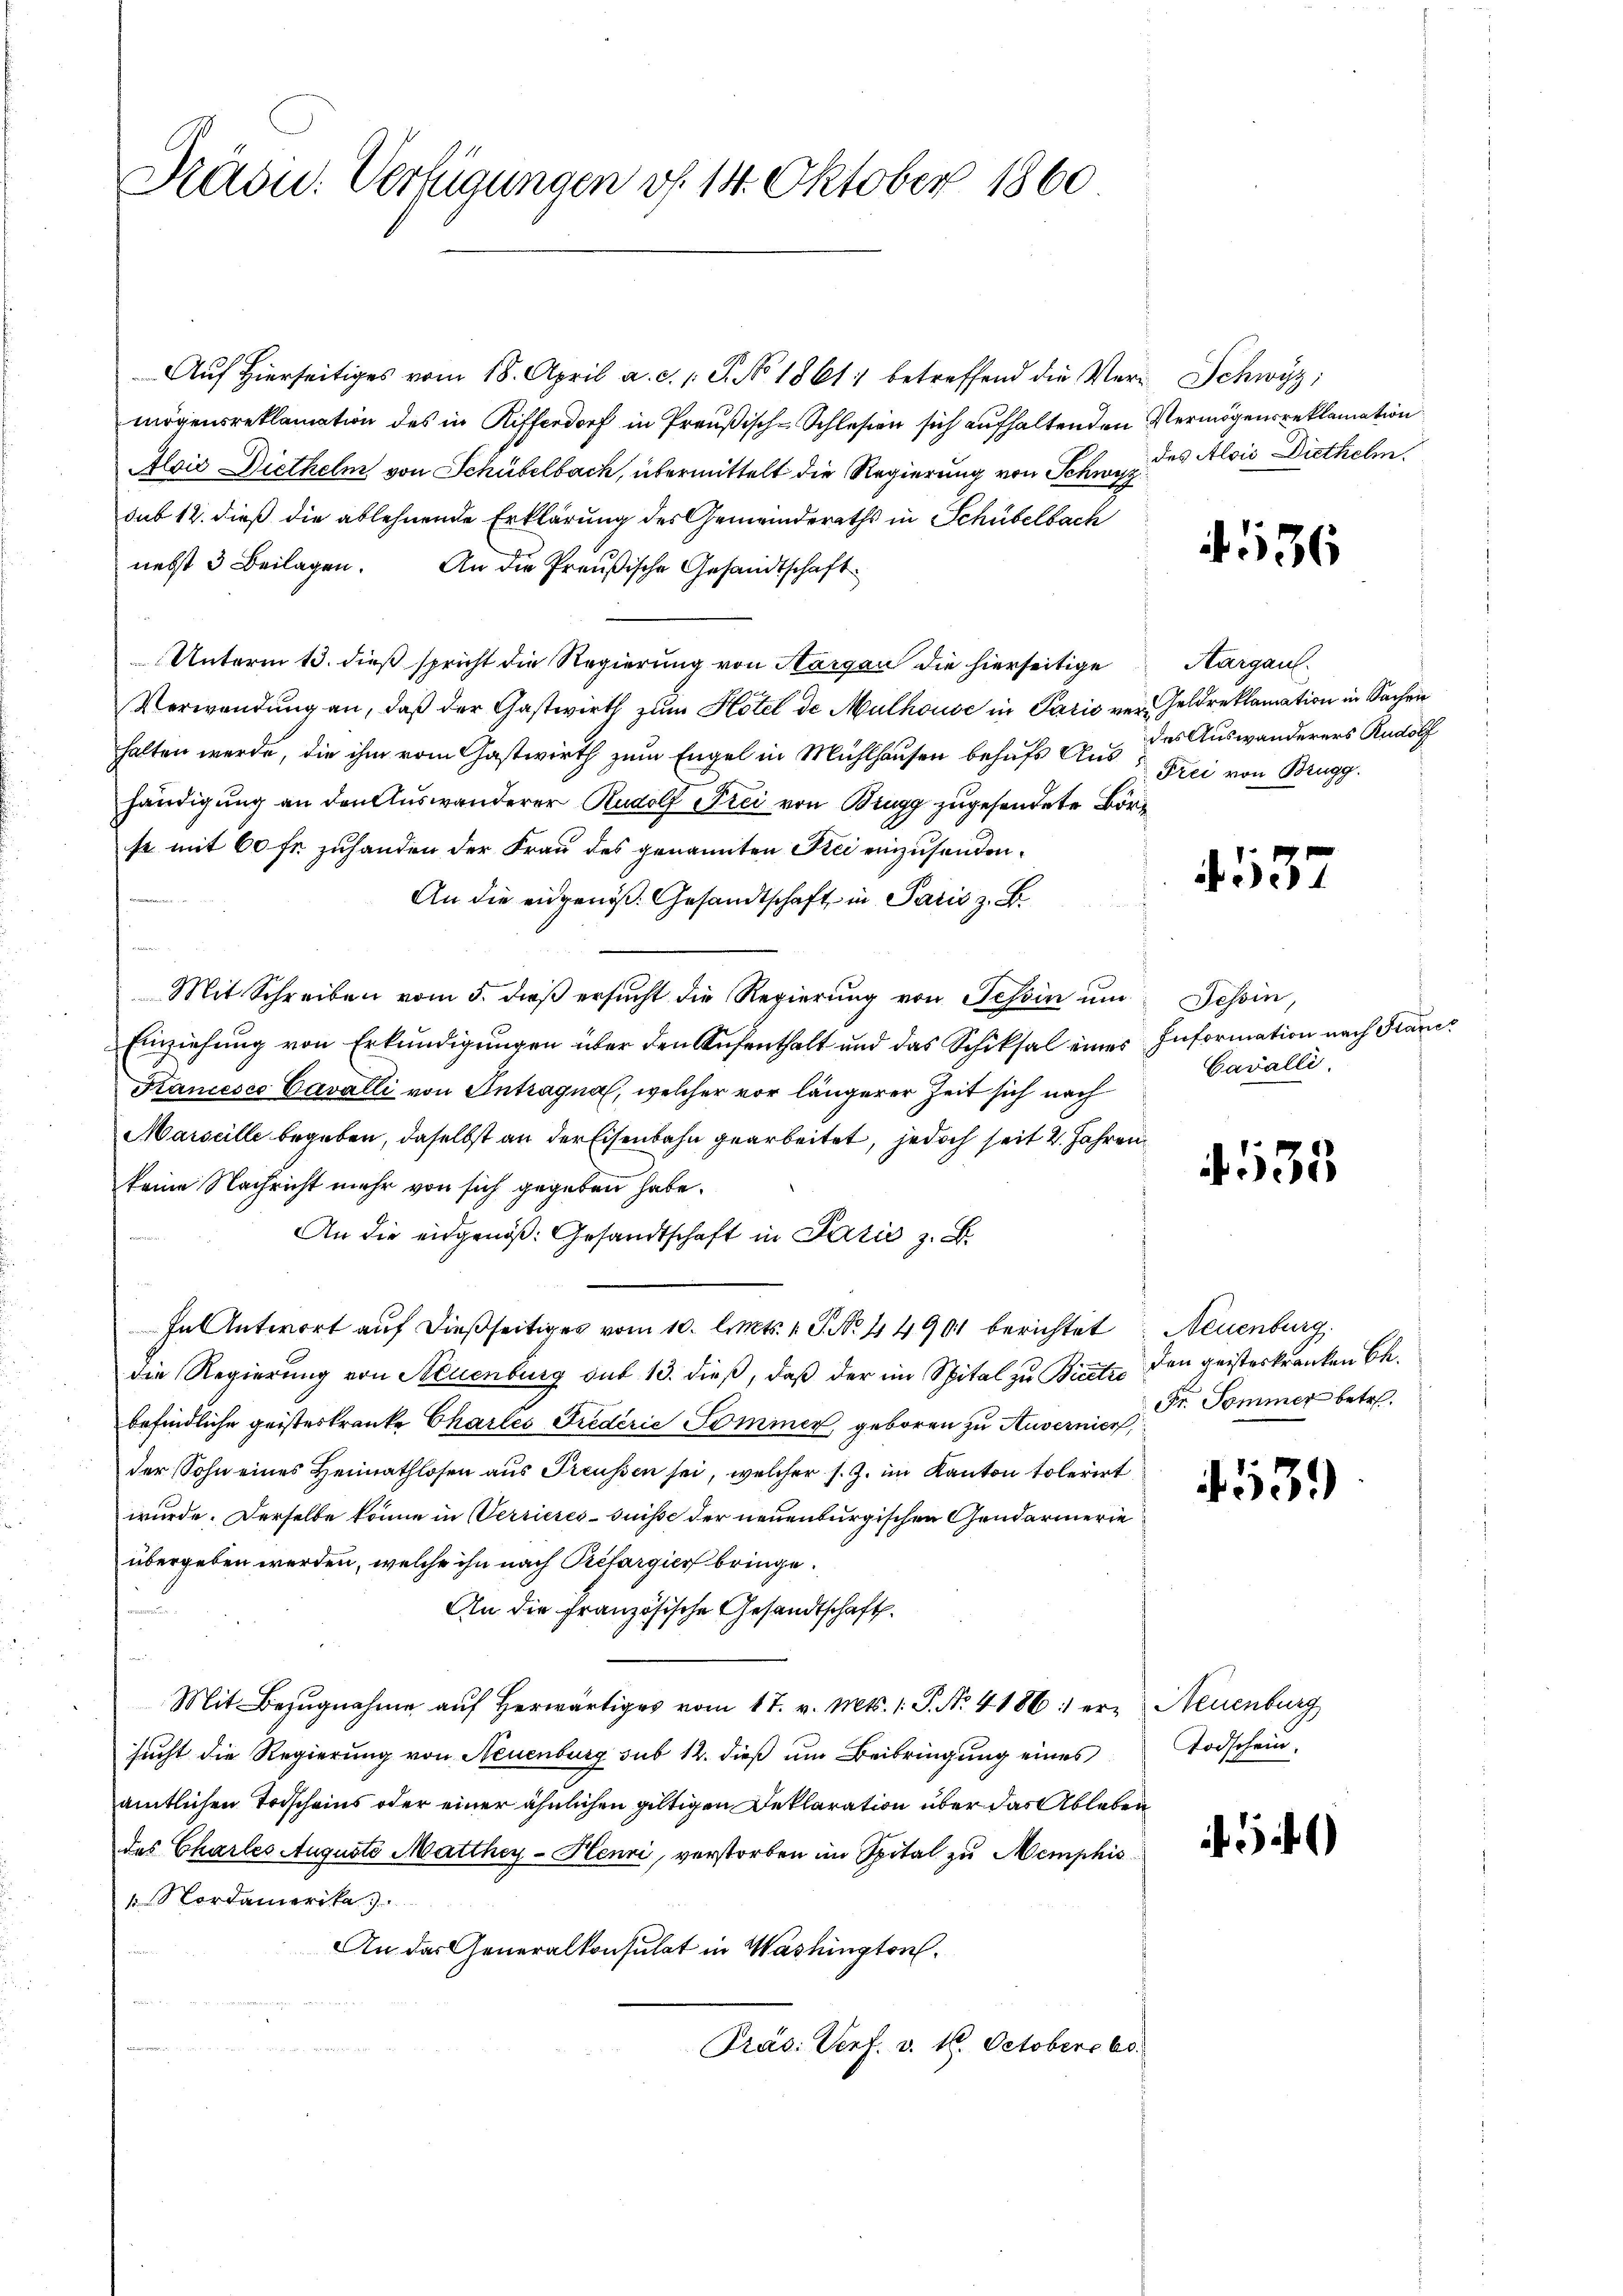
Drädu. Verfügungen d. 14. Oktober 1860

Auf hierseitiges vom 18. April a. c. s. S. No 1861 betreffend die Ver- Schwyz;
mögensreklamation des in Rifferdorf in Preußisch-Schlesien sich aufhaltenden Vermögensreklamation
Alois Diethelm von Schübelbach, übermittelt die Regierung von Schwyz des Alois Diethelm
sub 12. dieß die ablehnende Erklärung des Gemeinderaths in Schübelbach
nebst 3 Beilagen. An die Preußische Gesandtschaft
Unterm 13. dieß spricht die Regierung von Aargau die hierseitige
Verwendung an, daß der Gastwirth zum Hotel de Mulhouse in Paris ver-Geldreklamation in Sachen
halten werde, die ihm vom Gastwirth zum Engel in Mühlhausen behufs Aus des Auswanderers Rudolf
händigung an den Auswanderer Rudolf Frei von Brugg zugesendete Börse mit 60 fr zuhanden der Frau des genannten Kei einzusenden¬
An die eidgenös. Gesandtschaft in Paris z. B.
Mit Schreiben vom 5. dieß ersucht die Regierung von Tessin um Tessin,
Einziehung von Erkundigungen über den Aufenthalt und das Schiksal eines Information nach Frauer
Kancesco Cavalli von Antragna, welcher vor längerer Zeit sich nach
Marseille begeben, daselbst an der Eisenbahn gearbeitet, jedoch seit 2 Jahren
keine Nachricht mehr von sich gegeben habe.
An die eidgenöß: Gesandtschaft in Patie z. B.
In Antwort auf dießseitiges vom 10. Art. 1. P. No. 44901 berichtet Neuenburg
die Regierung von Neuenburg sub 13. dieß, daß der im Spital zu Bietze
befindliche geisteskranke Chartes Frederie Dominer, geboren zu Auvernier,
der Sohn eines Heimathlosen aus Preußen sei, welcher s. Z. im Kanton tolerirt
wurde. Derselbe könne in Verrieres-Suisse der neuenburgischen Gendarmerie
übergeben werden, welche ihn nach Prefargier bringe.
An die französische Gesandtschaft.
Mit Bezŭgnahme aŭf herwärtiges vom 17. v. Mts. 1. P. Nr. 41861 er- Neuenburg
sucht die Regierung von Neuenburg sub 12. dieß um Beibringung eines
amtlichen Todscheins oder einer ähnlichen gültigen Deklaration über das Ableben
des Charles Auguste Matthey-Henzi, verstorben im Spital zu Memphis
Nordamerika
An das Generalkonsulat in Washington
Präs. Verf. v. 16. Octobere be

4536

Aargau.
Frei von Brugg.

537

Cavalli.

533

den geisteskranken be¬
Fr. Sommer betr.

539

Todschein.

)